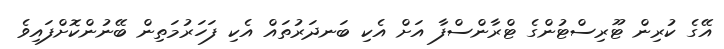
އޭގެ ކުރިން ޓޫރިސްޓުންގެ ޓްރާންސްފާ އަށް އެކި ބަނދަރުތައް އެކި ފަހަރުމަތިން ބޭނުންކޮށްފައިވެ